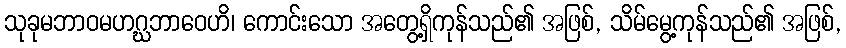
သုခုမဘာဝမဟဂ္ဃဘာဝေဟိ၊ ကောင်းသော အတွေ့ရှိကုန်သည်၏ အဖြစ်, သိမ်မွေ့ကုန်သည်၏ အဖြစ်,